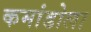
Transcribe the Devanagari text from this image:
कमांडोला